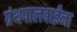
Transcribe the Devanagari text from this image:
ग्रंथपालबाईंना